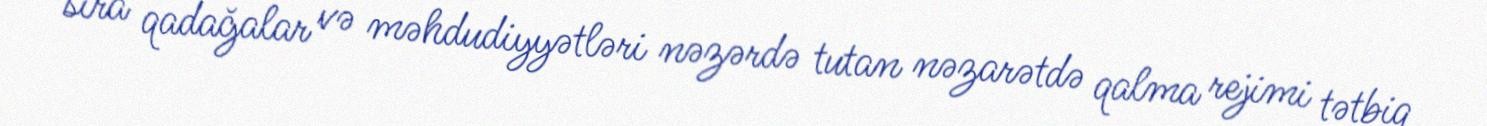
sıra qadağalar və məhdudiyyətləri nəzərdə tutan nəzarətdə qalma rejimi tətbiq